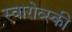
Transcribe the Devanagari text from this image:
स्वारोव्स्की